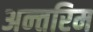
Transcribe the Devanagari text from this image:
अन्‍तरिम